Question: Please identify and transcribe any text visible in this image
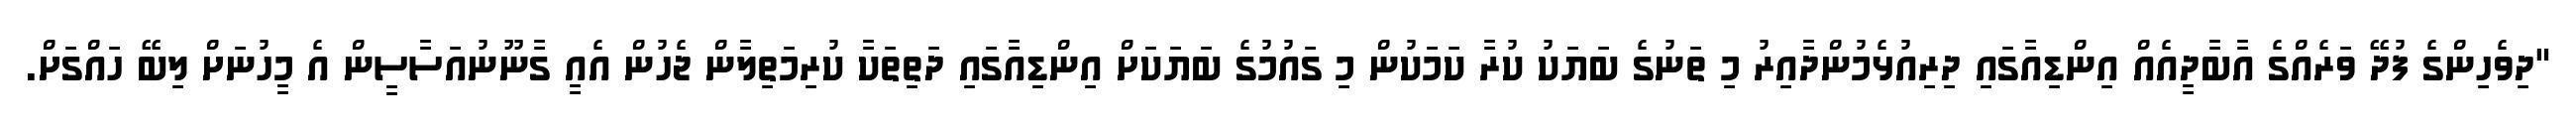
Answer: "ދިވެހިންގެ ފުދޭ ވަރެއްގެ އާބާދީއެއް އިންޑިއާގައި ދިރިއުޅެމުންދާއިރު މި ތަނުގެ ބަޔަކު ކުރާ ކަމަކުން މި ގައުމުގެ ބަޔަކަށް އިންޑިއާގައި ދަތިތަކާ ކުރިމަތިލާން ޖެހުން އެއީ ގާނޫނުއަސާސީން އެ މީހުނަށް ލިބޭ ހައްގަށް.